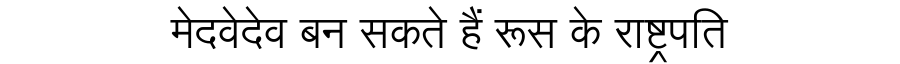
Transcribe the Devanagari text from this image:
मेदवेदेव बन सकते हैं रूस के राष्ट्रपति